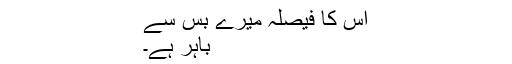
اس کا فیصلہ میرے بس سے
باہر ہے۔